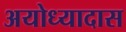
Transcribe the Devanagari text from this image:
अयोध्यादास